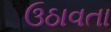
ઉઠાવતા